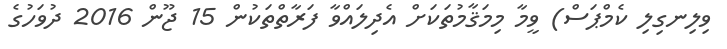
ވިލިނގިލި ކެމްޕަސް) ވީމާ މިމަޤާމުތަކަށް އެދިލައްވާ ފަރާތްތަކުން 15 ޖޫން 2016 ދުވަހުގެ